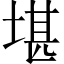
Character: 堪